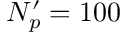
N _ { p } ^ { \prime } = 1 0 0